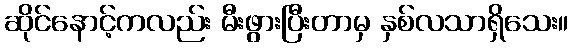
ဆိုင်နောင့်ကလည်း မီးဖွားပြီးတာမှ နှစ်လသာရှိသေး။